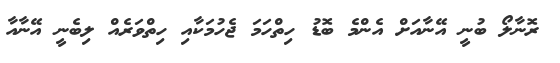
ރޮނާލޯ ބުނީ އޭނާއަށް އެންމެ ބޮޑު ހިތްހަމަ ޖެހުމަކާއި ހިތްވަރެއް ލިބެނީ އޭނާއާ